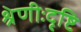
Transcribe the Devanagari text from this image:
श्रेणीःदृष्टि